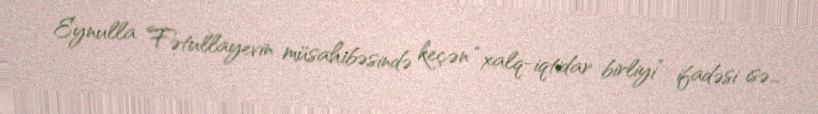
Eynulla Fətullayevin müsahibəsində keçən “xalq-iqtidar birliyi” ifadəsi isə…